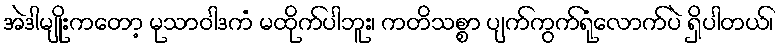
အဲဒါမျိုးကတော့ မုသာဝါဒကံ မထိုက်ပါဘူး၊ ကတိသစ္စာ ပျက်ကွက်ရုံလောက်ပဲ ရှိပါတယ်၊